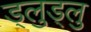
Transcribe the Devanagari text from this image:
ड्लुड्लु